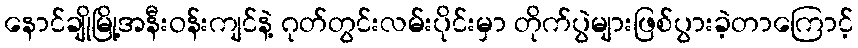
နောင်ချိုမြို့အနီးဝန်းကျင်နဲ့ ဂုတ်တွင်းလမ်းပိုင်းမှာ တိုက်ပွဲများဖြစ်ပွားခဲ့တာကြောင့်